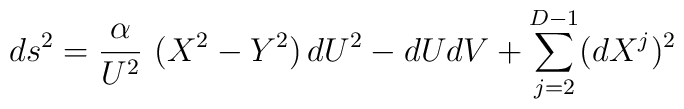
ds^2 = \frac{\alpha}{U^2}~ (X^2 - Y^2)\, dU^2  - dUdV + \sum_{j=2}^{D-1}(dX^j)^2